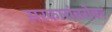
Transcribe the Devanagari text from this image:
सरकारांबरोबर